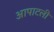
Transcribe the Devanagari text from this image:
आपाटली